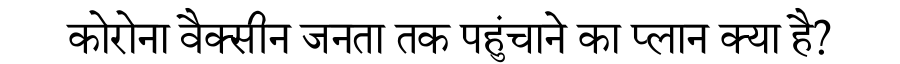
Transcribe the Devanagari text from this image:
कोरोना वैक्सीन जनता तक पहुंचाने का प्लान क्या है?